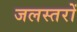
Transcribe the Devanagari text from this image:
जलस्तरों